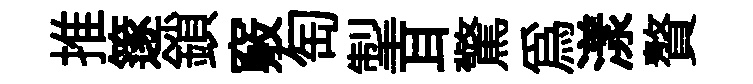
推篴鎖竅匋掣耳驚為漾贅